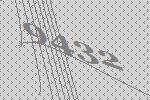
9432